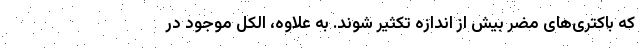
که باکتری‌های مضر بیش از اندازه تکثیر شوند. به علاوه، الکل موجود در